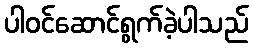
ပါဝင်ဆောင်ရွက်ခဲ့ပါသည်